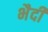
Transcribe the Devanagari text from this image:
भैदी